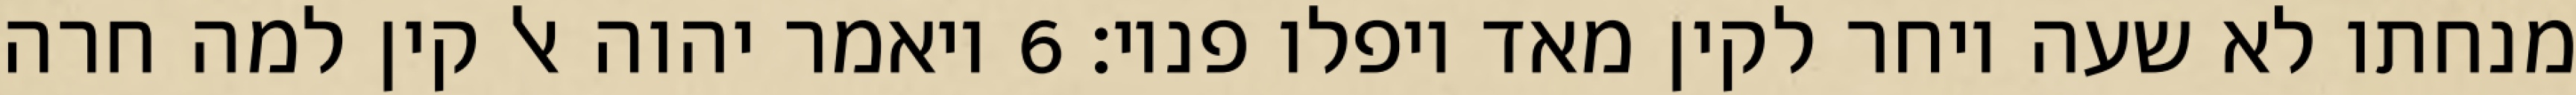
מנחתו לא שעה ויחר לקין מאד ויפלו פניו׃ ‎6‏ ויאמר יהוה אל קין למה חרה